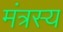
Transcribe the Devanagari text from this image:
मंत्रस्य